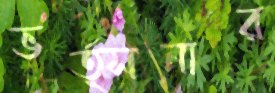
ভর্ত্সনার